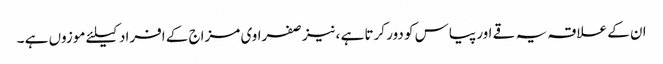
ان کے علاقہ یہ قے اور پیاس کو دور کرتا ہے ،نیز صفراوی مزاج کے افراد کیلئے موزوں ہے ۔